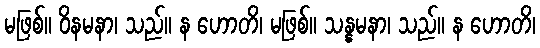
မဖြစ်။ ဝိနမနာ၊ သည်။ န ဟောတိ၊ မဖြစ်။ သန္နမနာ၊ သည်။ န ဟောတိ၊